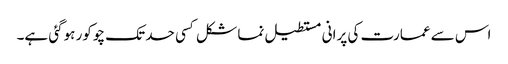
اس سے عمارت کی پرانی مستطیل نما شکل کسی حد تک چوکور ہوگئی ہے۔